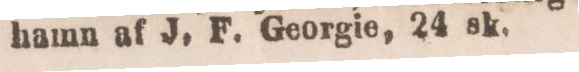
hamn af J. F. Georgie, 24 sk.